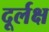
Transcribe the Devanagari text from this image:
दूर्लक्ष